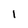
Character: 1